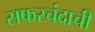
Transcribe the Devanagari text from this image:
सफरचंदाची